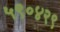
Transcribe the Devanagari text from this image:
५९०४२९